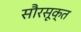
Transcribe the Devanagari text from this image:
सौरसूक्त